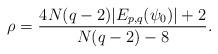
LaTeX: \begin{align*}\rho=\frac{4N(q-2)|E_{p,q}(\psi_{0})|+2}{N(q-2)-8}.\end{align*}